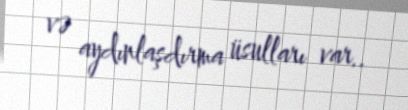
və aydınlaşdırma üsulları var..